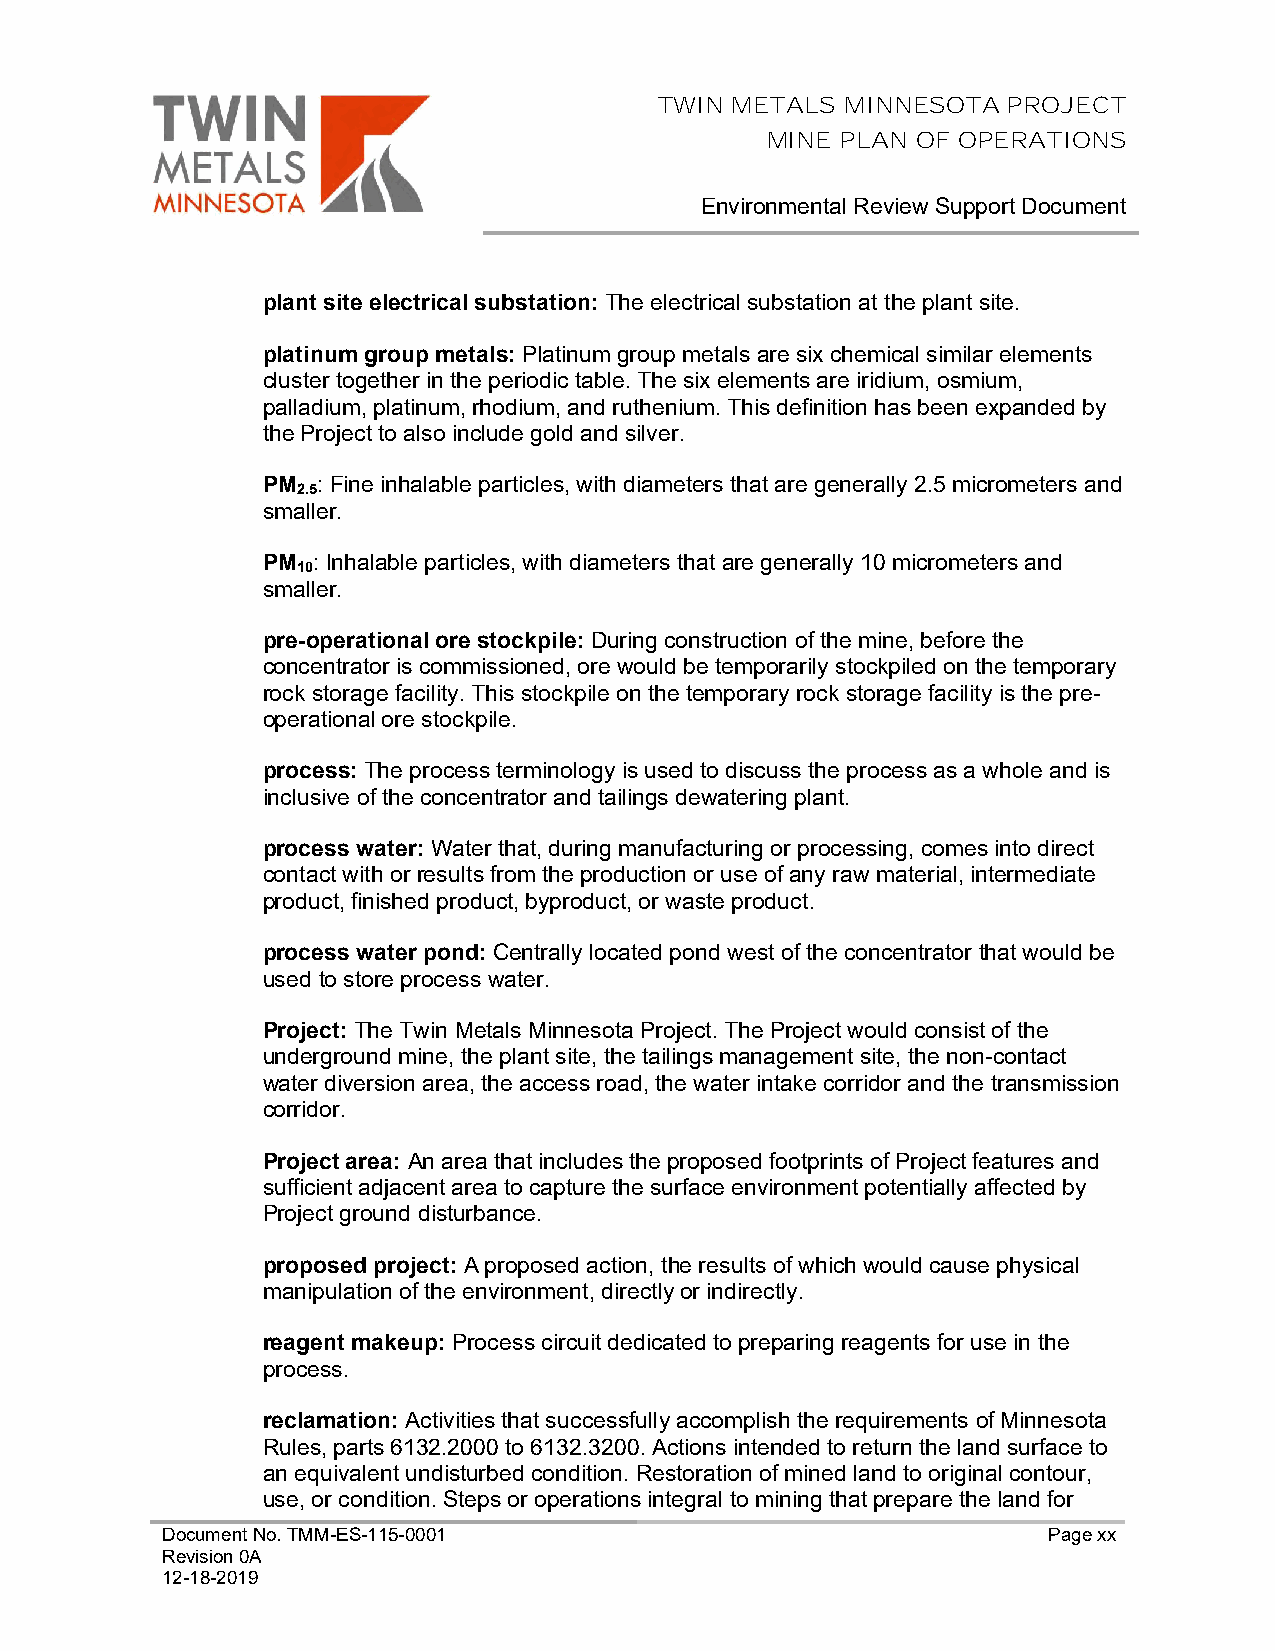
TWIN METALS MINNESOTA  PROJECT
 MINE PLAN OF OPERATIONS
 Environmental Review Support Document
 plant site electrical substation: The electrical substation at the plant site.
 platinum group metals: Platinum group metals are six chemical similar elements
 cluster together in the periodic table. The six elements are iridium, osmium,
 palladium, platinum, rhodium, and ruthenium. This definition has been expanded by
 the Project to also include gold and silver.
 PM  : Fine inhalable particles, with diameters that are generally 2.5 micrometers and
 2.5
 smaller.
 PM  : Inhalable particles, with diameters that are generally 10 micrometers and
 10
 smaller.
 pre-operational ore stockpile: During construction of the mine, before the
 concentrator is commissioned, ore would be temporarily stockpiled on the temporary
 rock storage facility. This stockpile on the temporary rock storage facility is the pre-
 operational ore stockpile.
 process: The process terminology is used to discuss the process as a whole and is
 inclusive of the concentrator and tailings dewatering plant.
 process water: Water that, during manufacturing or processing, comes into direct
 contact with or results from the production or use of any raw material, intermediate
 product, finished product, byproduct, or waste product.
 process water pond: Centrally located pond west of the concentrator that would be
 used to store process water.
 Project: The Twin Metals Minnesota Project. The Project would consist of the
 underground mine, the plant site, the tailings management site, the non-contact
 water diversion area, the access road, the water intake corridor and the transmission
 corridor.
 Project area: An area that includes the proposed footprints of Project features and
 sufficient adjacent area to capture the surface environment potentially affected by
 Project ground disturbance.
 proposed project: A proposed action, the results of which would cause physical
 manipulation of the environment, directly or indirectly.
 reagent makeup: Process circuit dedicated to preparing reagents for use in the
 process.
 reclamation: Activities that successfully accomplish the requirements of Minnesota
 Rules, parts 6132.2000 to 6132.3200. Actions intended to return the land surface to
 an equivalent undisturbed condition. Restoration of mined land to original contour,
 use, or condition. Steps or operations integral to mining that prepare the land for
 Document No. TMM-ES-115-0001                              Page xx
 Revision 0A
 12-18-2019